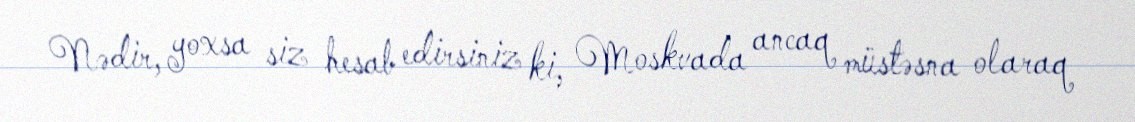
Nədir, yoxsa siz hesab edirsiniz ki, Moskvada ancaq müstəsna olaraq